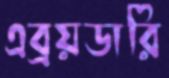
এব্রয়ডারি